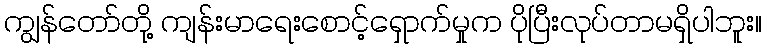
ကျွန်တော်တို့ ကျန်းမာရေးစောင့်ရှောက်မှုက ပိုပြီးလုပ်တာမရှိပါဘူး။